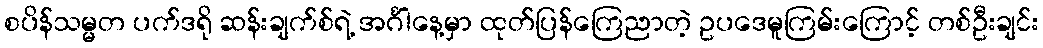
စပိန်သမ္မတ ပက်ဒရို ဆန်းချက်စ်ရဲ့ အင်္ဂါနေ့မှာ ထုတ်ပြန်ကြေညာတဲ့ ဥပဒေမူကြမ်းကြောင့် တစ်ဦးချင်း